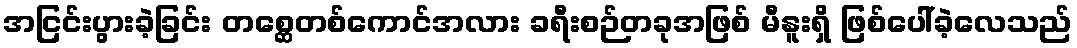
အငြင်းပွားခဲ့ခြင်း တစ္ဆေတစ်ကောင်အလား ခရီးစဉ်တခုအဖြစ် မီနူးရှိ ဖြစ်ပေါ်ခဲ့လေသည်